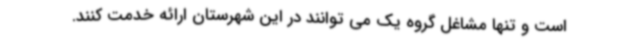
است و تنها مشاغل گروه یک می توانند در این شهرستان ارائه خدمت کنند.